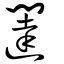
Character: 闥